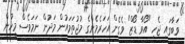
ވަބާގައި ޖެހި "އޯވާ ޑޯޒް" ވެގެން އަހަރެމެންގެ މުޖުތަމައުން މަދުން ނަމަވެސް މީހުން